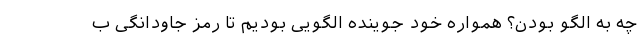
چه به الگو بودن؟ همواره خود جوینده الگویی بودیم تا رمز جاودانگی ب